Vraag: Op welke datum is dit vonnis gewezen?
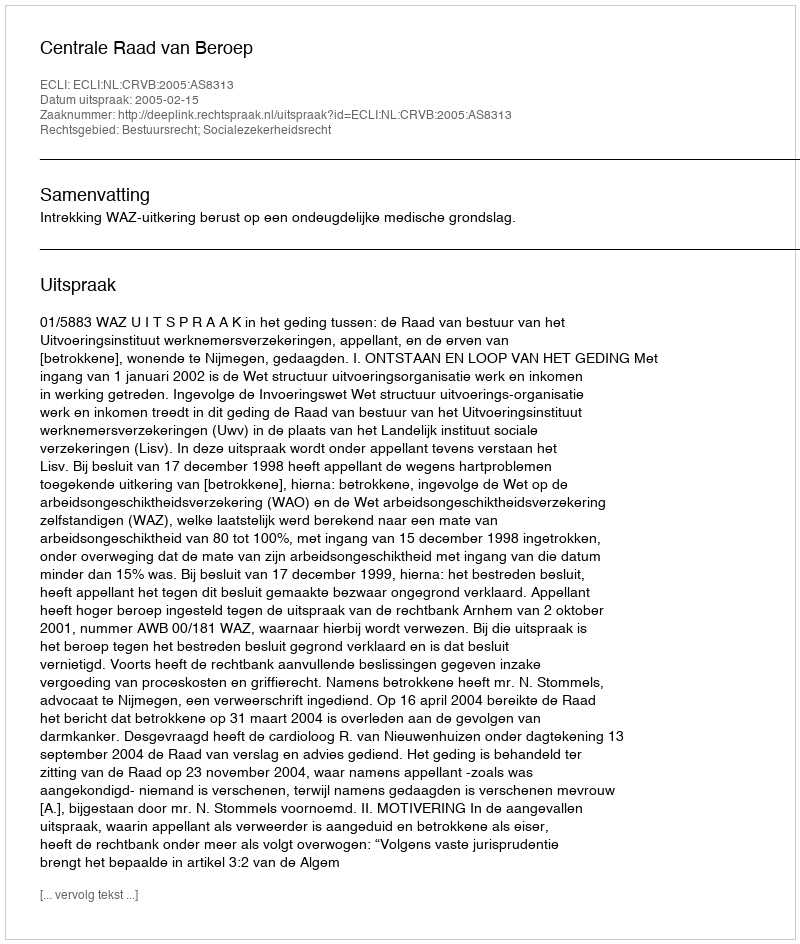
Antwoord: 2005-02-15